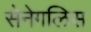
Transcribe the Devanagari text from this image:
सेनेगलिस